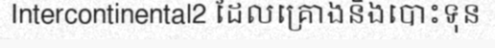
Intercontinental2 ដែលគ្រោងនឹងបោះទុន